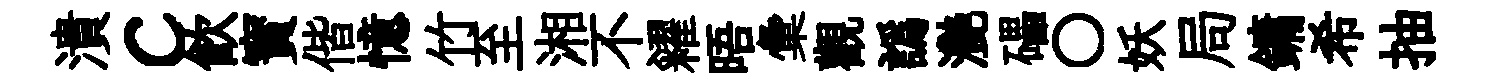
潰c飮寳偕憶竹至湘不糴晤彙觀譌灧礧〇妖局鏞希抽